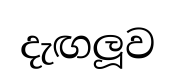
දැඟලූව